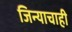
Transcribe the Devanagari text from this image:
जिन्याचाही